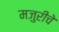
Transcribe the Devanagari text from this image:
मजुरीचे